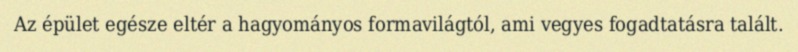
Az épület egésze eltér a hagyományos formavilágtól, ami vegyes fogadtatásra talált.